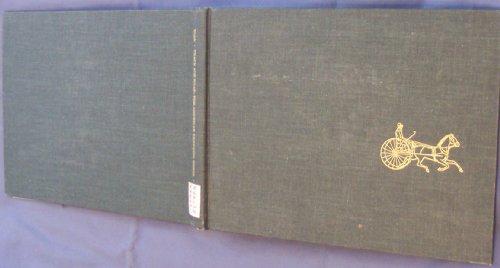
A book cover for Track and Road: The American Trotting Horse, A Visual Record 1820 to 1900 from the Harry T. Peters America on Stone Lithography Collection; Peter C. Welsh; Arts & Photography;